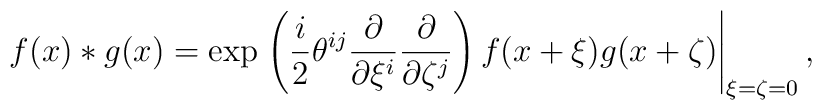
f(x) \ast g(x) = \exp \left. \left(\frac{i}{2} \theta^{ij}\frac{\partial}{\partial \xi^i}\frac{\partial}{\partial \zeta^j} \right)f(x + \xi) g(x + \zeta) \right|_{\xi=\zeta=0},